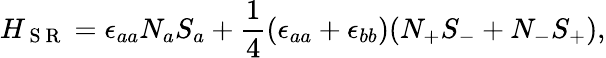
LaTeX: H_{\mathrm{~S~R~}}=\epsilon_{aa}N_{a}S_{a}+\frac{1}{4}(\epsilon_{aa}+\epsilon_{bb})(N_{+}S_{-}+N_{-}S_{+}),